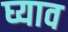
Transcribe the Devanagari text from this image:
घ्याव